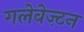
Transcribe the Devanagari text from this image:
गलेवेज़्टन